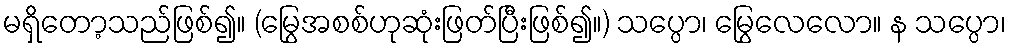
မရှိတော့သည်ဖြစ်၍။ (မြွေအစစ်ဟုဆုံးဖြတ်ပြီးဖြစ်၍။) သပ္ပော၊ မြွေလေလော။ န သပ္ပော၊